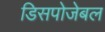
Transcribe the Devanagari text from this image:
डिसपोजेबल